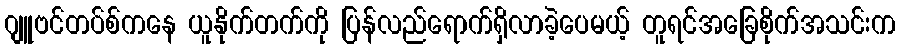
ဂျူဗင်တပ်စ်ကနေ ယူနိုက်တက်ကို ပြန်လည်ရောက်ရှိလာခဲ့ပေမယ့် တူရင်အခြေစိုက်အသင်းက